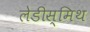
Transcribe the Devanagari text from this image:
लेडीस्मिथ